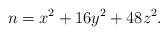
LaTeX: \begin{align*} n=x^2+16y^2+48z^2.\end{align*}